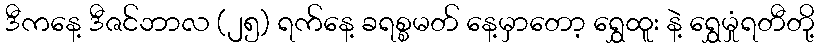
ဒီကနေ့ ဒီဇင်ဘာလ (၂၅) ရက်နေ့ ခရစ္စမတ် နေ့မှာတော့ ရွှေထူး နဲ့ ရွှေမှုံရတီတို့